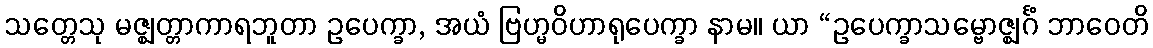
သတ္တေသု မဇ္ဈတ္တာကာရဘူတာ ဥပေက္ခာ, အယံ ဗြဟ္မဝိဟာရုပေက္ခာ နာမ။ ယာ “ဥပေက္ခာသမ္ဗောဇ္ဈင်္ဂံ ဘာဝေတိ